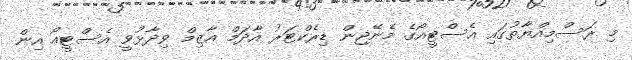
މި ރަސްމިއްޔާތުގައި އެސްޓީއޯގެ މެނޭޖިން ޑިރެކްޓަރު އާދަމް އާޒިމް ވިދާޅުވީ އެސްޓީއޯ އިން